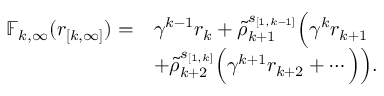
\begin{array} { r l } { \mathbb { F } _ { k , \infty } ( r _ { [ k , \infty ] } ) = } & { \gamma ^ { k - 1 } r _ { k } + \tilde { \rho } _ { k + 1 } ^ { s _ { [ 1 , k - 1 ] } } \Big ( \gamma ^ { k } r _ { k + 1 } } \\ & { + \tilde { \rho } _ { k + 2 } ^ { s _ { [ 1 , k ] } } \Big ( \gamma ^ { k + 1 } r _ { k + 2 } + \cdots \Big ) \Big ) . } \end{array}